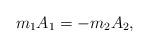
LaTeX: \begin{align*}m_1A_1=-m_2A_2,\end{align*}